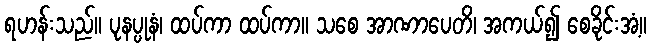
ရဟန်းသည်။ ပုနပ္ပုနံ၊ ထပ်ကာ ထပ်ကာ။ သစေ အာဏာပေတိ၊ အကယ်၍ စေခိုင်းအံ့။